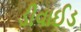
ડીવાઈડ